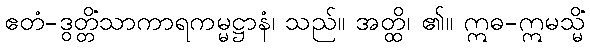
ဧတံ-ဒွတ္တိံသာကာရကမ္မဋ္ဌာနံ၊ သည်။ အတ္ထိ၊ ၏။ ဣဓ-ဣမသ္မိံ